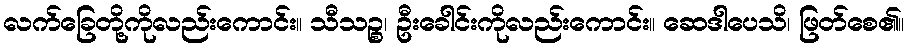
လက်ခြေတို့ကိုလည်းကောင်း။ သီသဉ္စ၊ ဦးခေါင်းကိုလည်းကောင်း။ ဆေဒါပေသိ၊ ဖြတ်စေ၏။